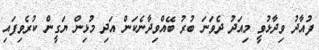
ފުއާދު ވިދާޅުވީ މިއަދު ދެވަނަ ބުރު ބޭއްވިދާނެކަން އަދި މުޅިން ޔަގީން ކުރެވިފައި